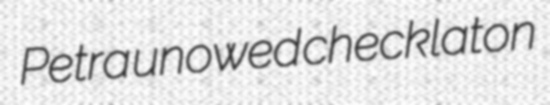
Petra unowed checklaton